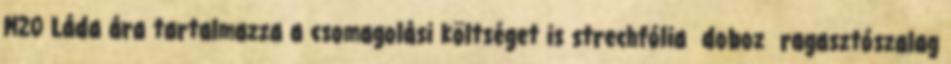
M20 Láda ára tartalmazza a csomagolási költséget is strechfólia doboz ragasztószalag